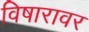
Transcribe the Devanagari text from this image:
विषारावर